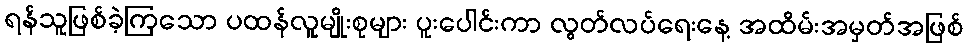
ရန်သူဖြစ်ခဲ့ကြသော ပထန်လူမျိုးစုများ ပူးပေါင်းကာ လွတ်လပ်ရေးနေ့ အထိမ်းအမှတ်အဖြစ်